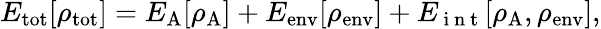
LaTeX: \begin{array}{r}{E_{\mathrm{tot}}[\rho_{\mathrm{tot}}]=E_{\mathrm{A}}[\rho_{\mathrm{A}}]+E_{\mathrm{env}}[\rho_{\mathrm{env}}]+E_{\mathrm{~i~n~t~}}[\rho_{\mathrm{A}},\rho_{\mathrm{env}}],}\end{array}